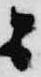
ニ